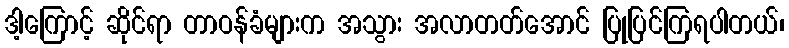
ဒါ့ကြောင့် ဆိုင်ရာ တာဝန်ခံများက အသွား အလာတတ်အောင် ပြုပြင်ကြရပါတယ်၊